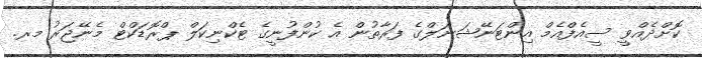
ކޮށްދެއްވީ ސީއެފްއެމް އިންޓަނޭޝަނަލްގެ ފަރާތުން އެ ކުންފުނީގެ ޓެކްނިކަލް ޕްރޮޑަކްޓް މެނޭޖަރު މރ.